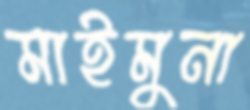
মাইমুনা